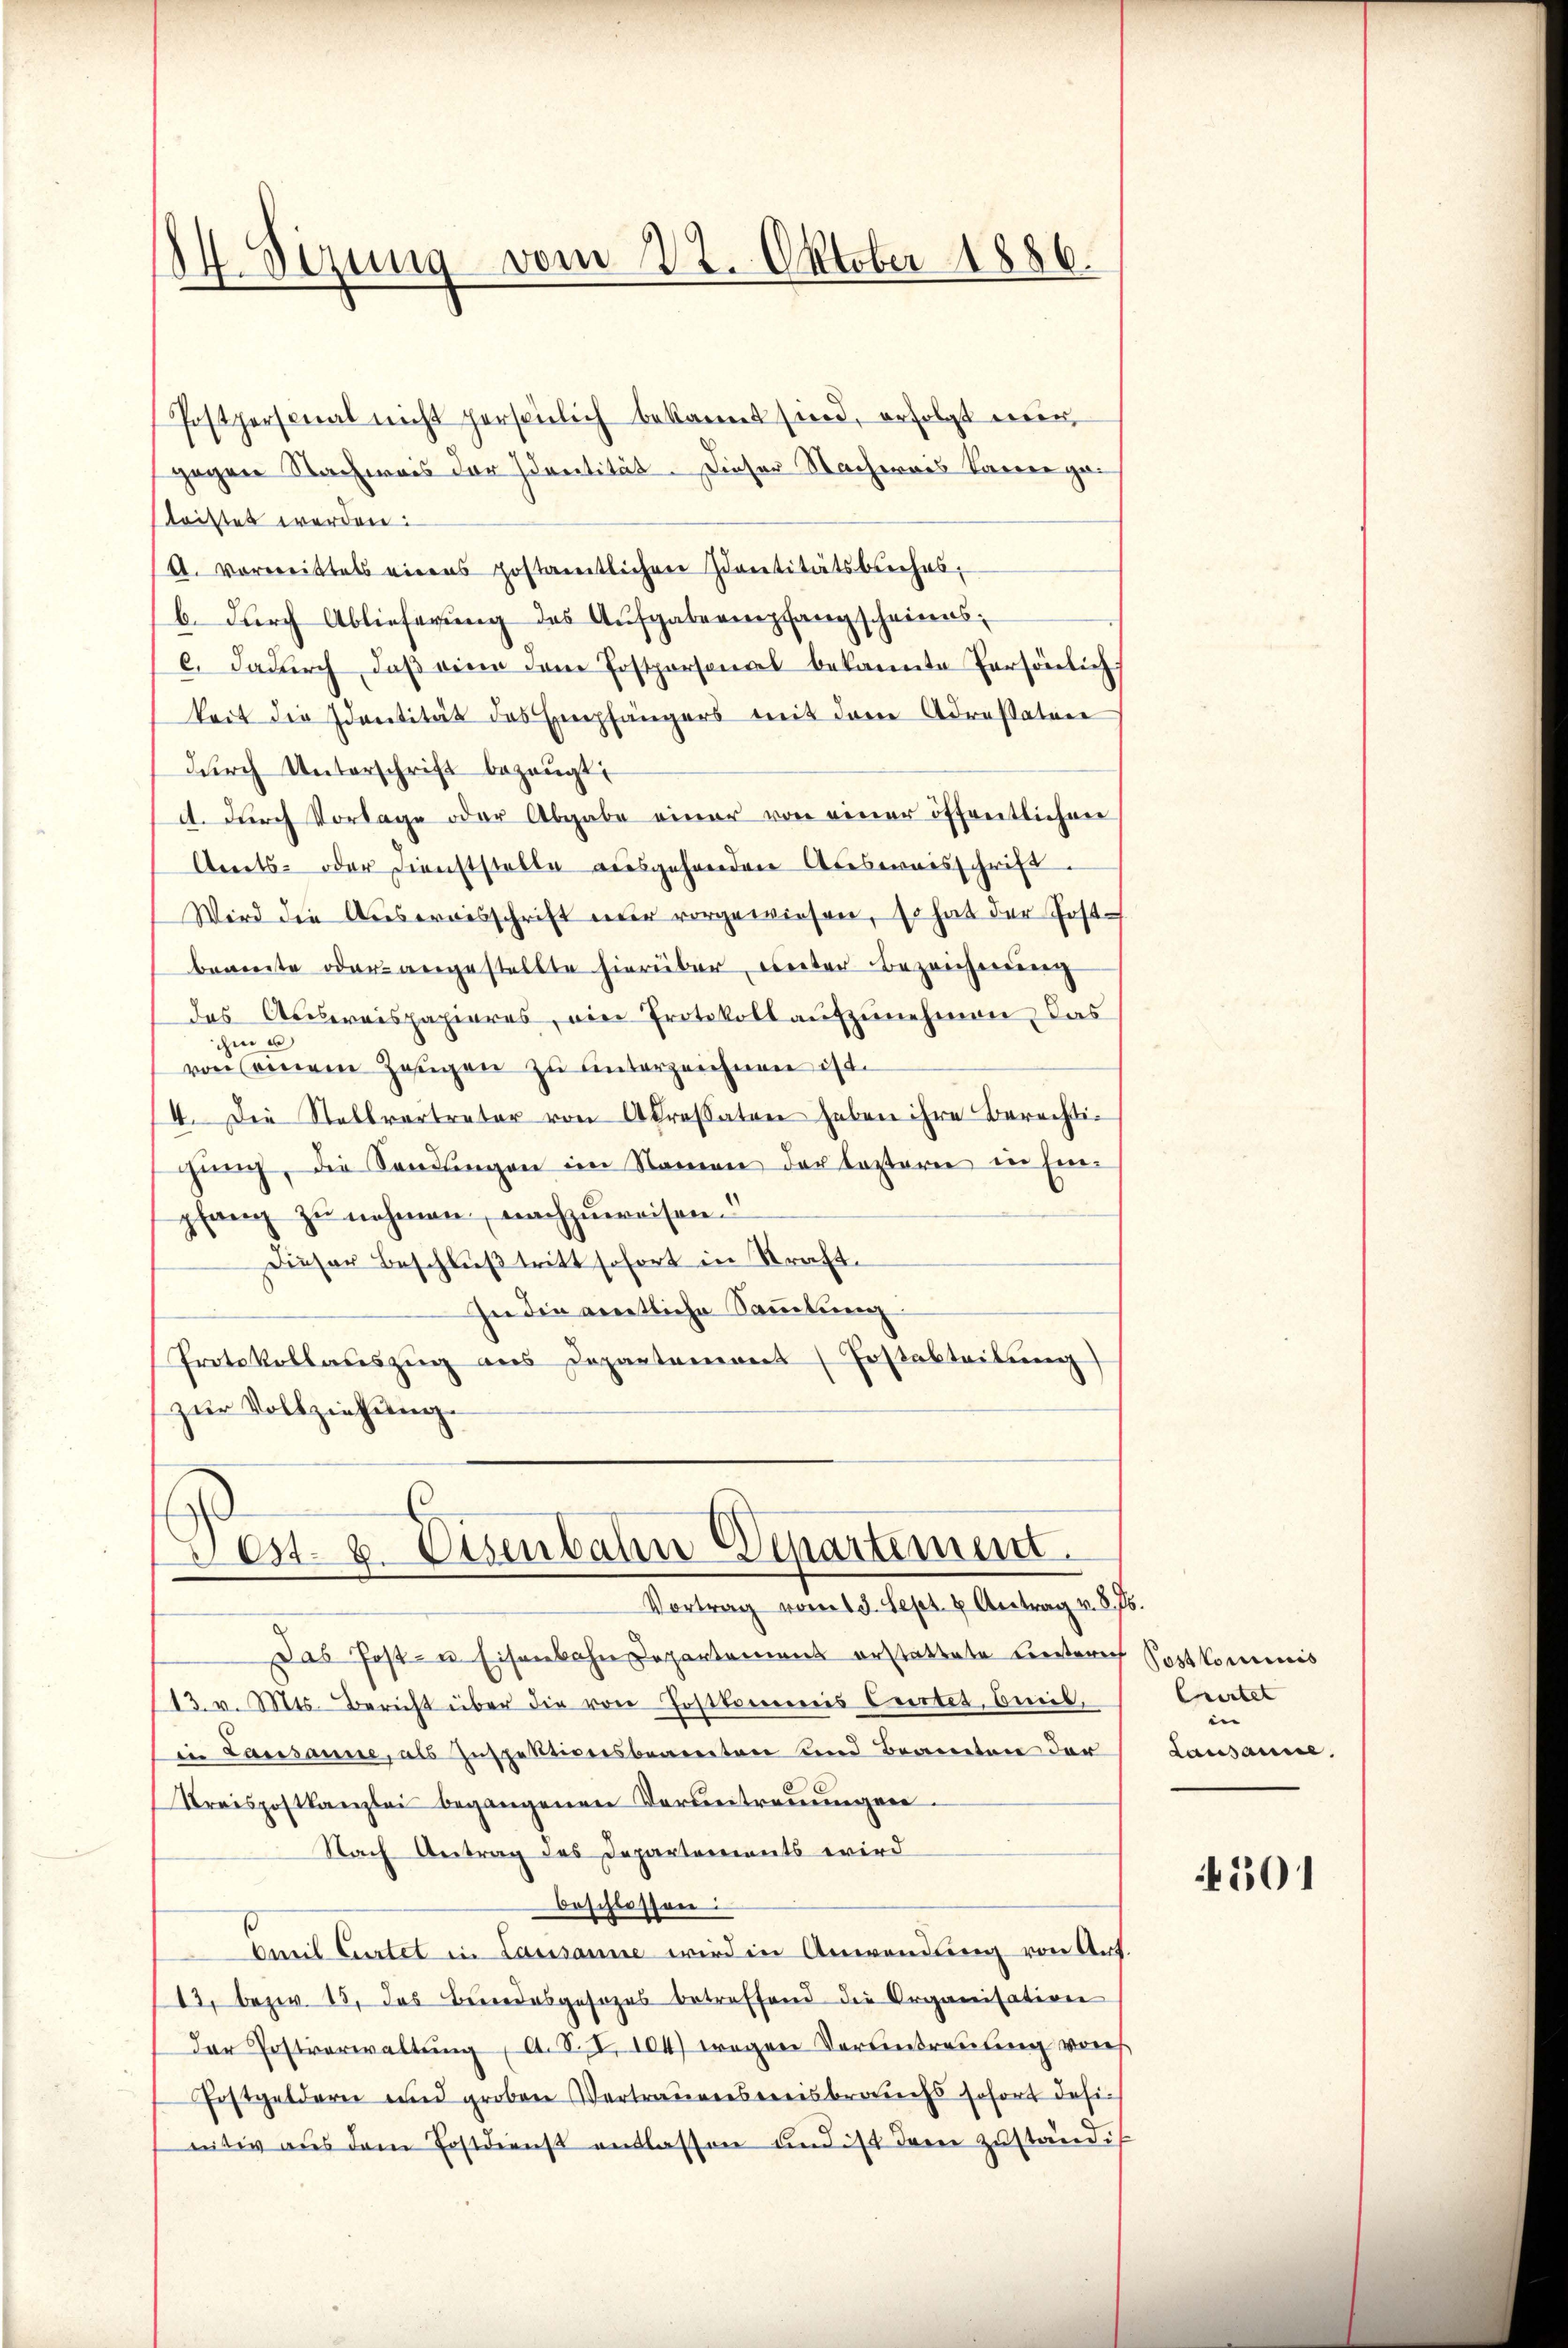
14. Sizung vom 22. Oktober 1886.

Postpersonal nicht persönlich bekannt sind, erfolgt nur
gegen Nachweis der Identität. Dieser Nachernes Kanne geleistet werden:
A. vorweittels einens postamtlichen Identitätsbuches,
b. durch Ablieferung des Aufgabe empfangscheines
c. dadurch, daβ eine dem Postpersonal bekannte Persönlich
keit die Identität des Empfängers mit dem Adressaten
dŭrch Unterschrift bezeugt,
A. dŭrch Vorlage oder Abgabe einer von einer öffentlichen
Amts- oder Dienststelle ausgehenden Ausweisschrift.
Wird die Ausweisschrift nur vorgewiesen, so hat der Postbeamte oder angestellte hierüber, unter Bezeichnung
das Aŭsweispapieres, ein Protokoll aŭfzŭnehmen, das
ichen u
von einem Zeugen zu unterzeichnen ist.
4. Die Stellvertreter von Adressaten haben ihre Berechtigung, die Sendungen im Namen der lezteren in Einpfang zu nehmen, nachzuweisen.
Dieser Beschluß tritt sofort in Straft.
In die amentliche Sammlung.
Protokollauszug aus Departement Erstabteilung)
zur Vollziehung.

est. 6. Eisenbahn Departement.
Vortrag vom 13. Sept. u Antrag v. 8. 76.

Das Post- u Eisenbahndepartement erstattete Bestrich Postkommis
13. v. Mts. Bericht über die von Postkommnis Cartet, Breit.
in Lausanne, als Inspektionsbeamten und Beamten der
Kreispostkanzlei begangenen Verbeitreṅŭngen.
Nach Antrag des Departements wird
beschlossen:
Omeil Cartet in Lausanne wird in Anwendŭng von Ant.
13, bezw. 15. das Bundesgesezes betreffend die Organisation
der Postverwaltung, A. S. I. 104) wegen Verantreuung von
Fostgeldern und groben Vertrauensereisbrauchs sofort dasiniter aŭs dem Erstdienst entlassen und ist dann zuständig

Cartet
n
Lausanne.

4501